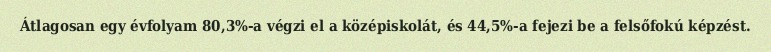
Átlagosan egy évfolyam 80,3%-a végzi el a középiskolát, és 44,5%-a fejezi be a felsőfokú képzést.